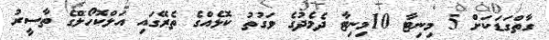
ގާތްގަޑަކަށް 5 މިނިޓާ 10މިނިޓާ ދެމެދުގެ ވަގުތު ކޮޅެއްގެ ތެރޭގައި އަލްކޮހޯލްގެ ތާސީރު